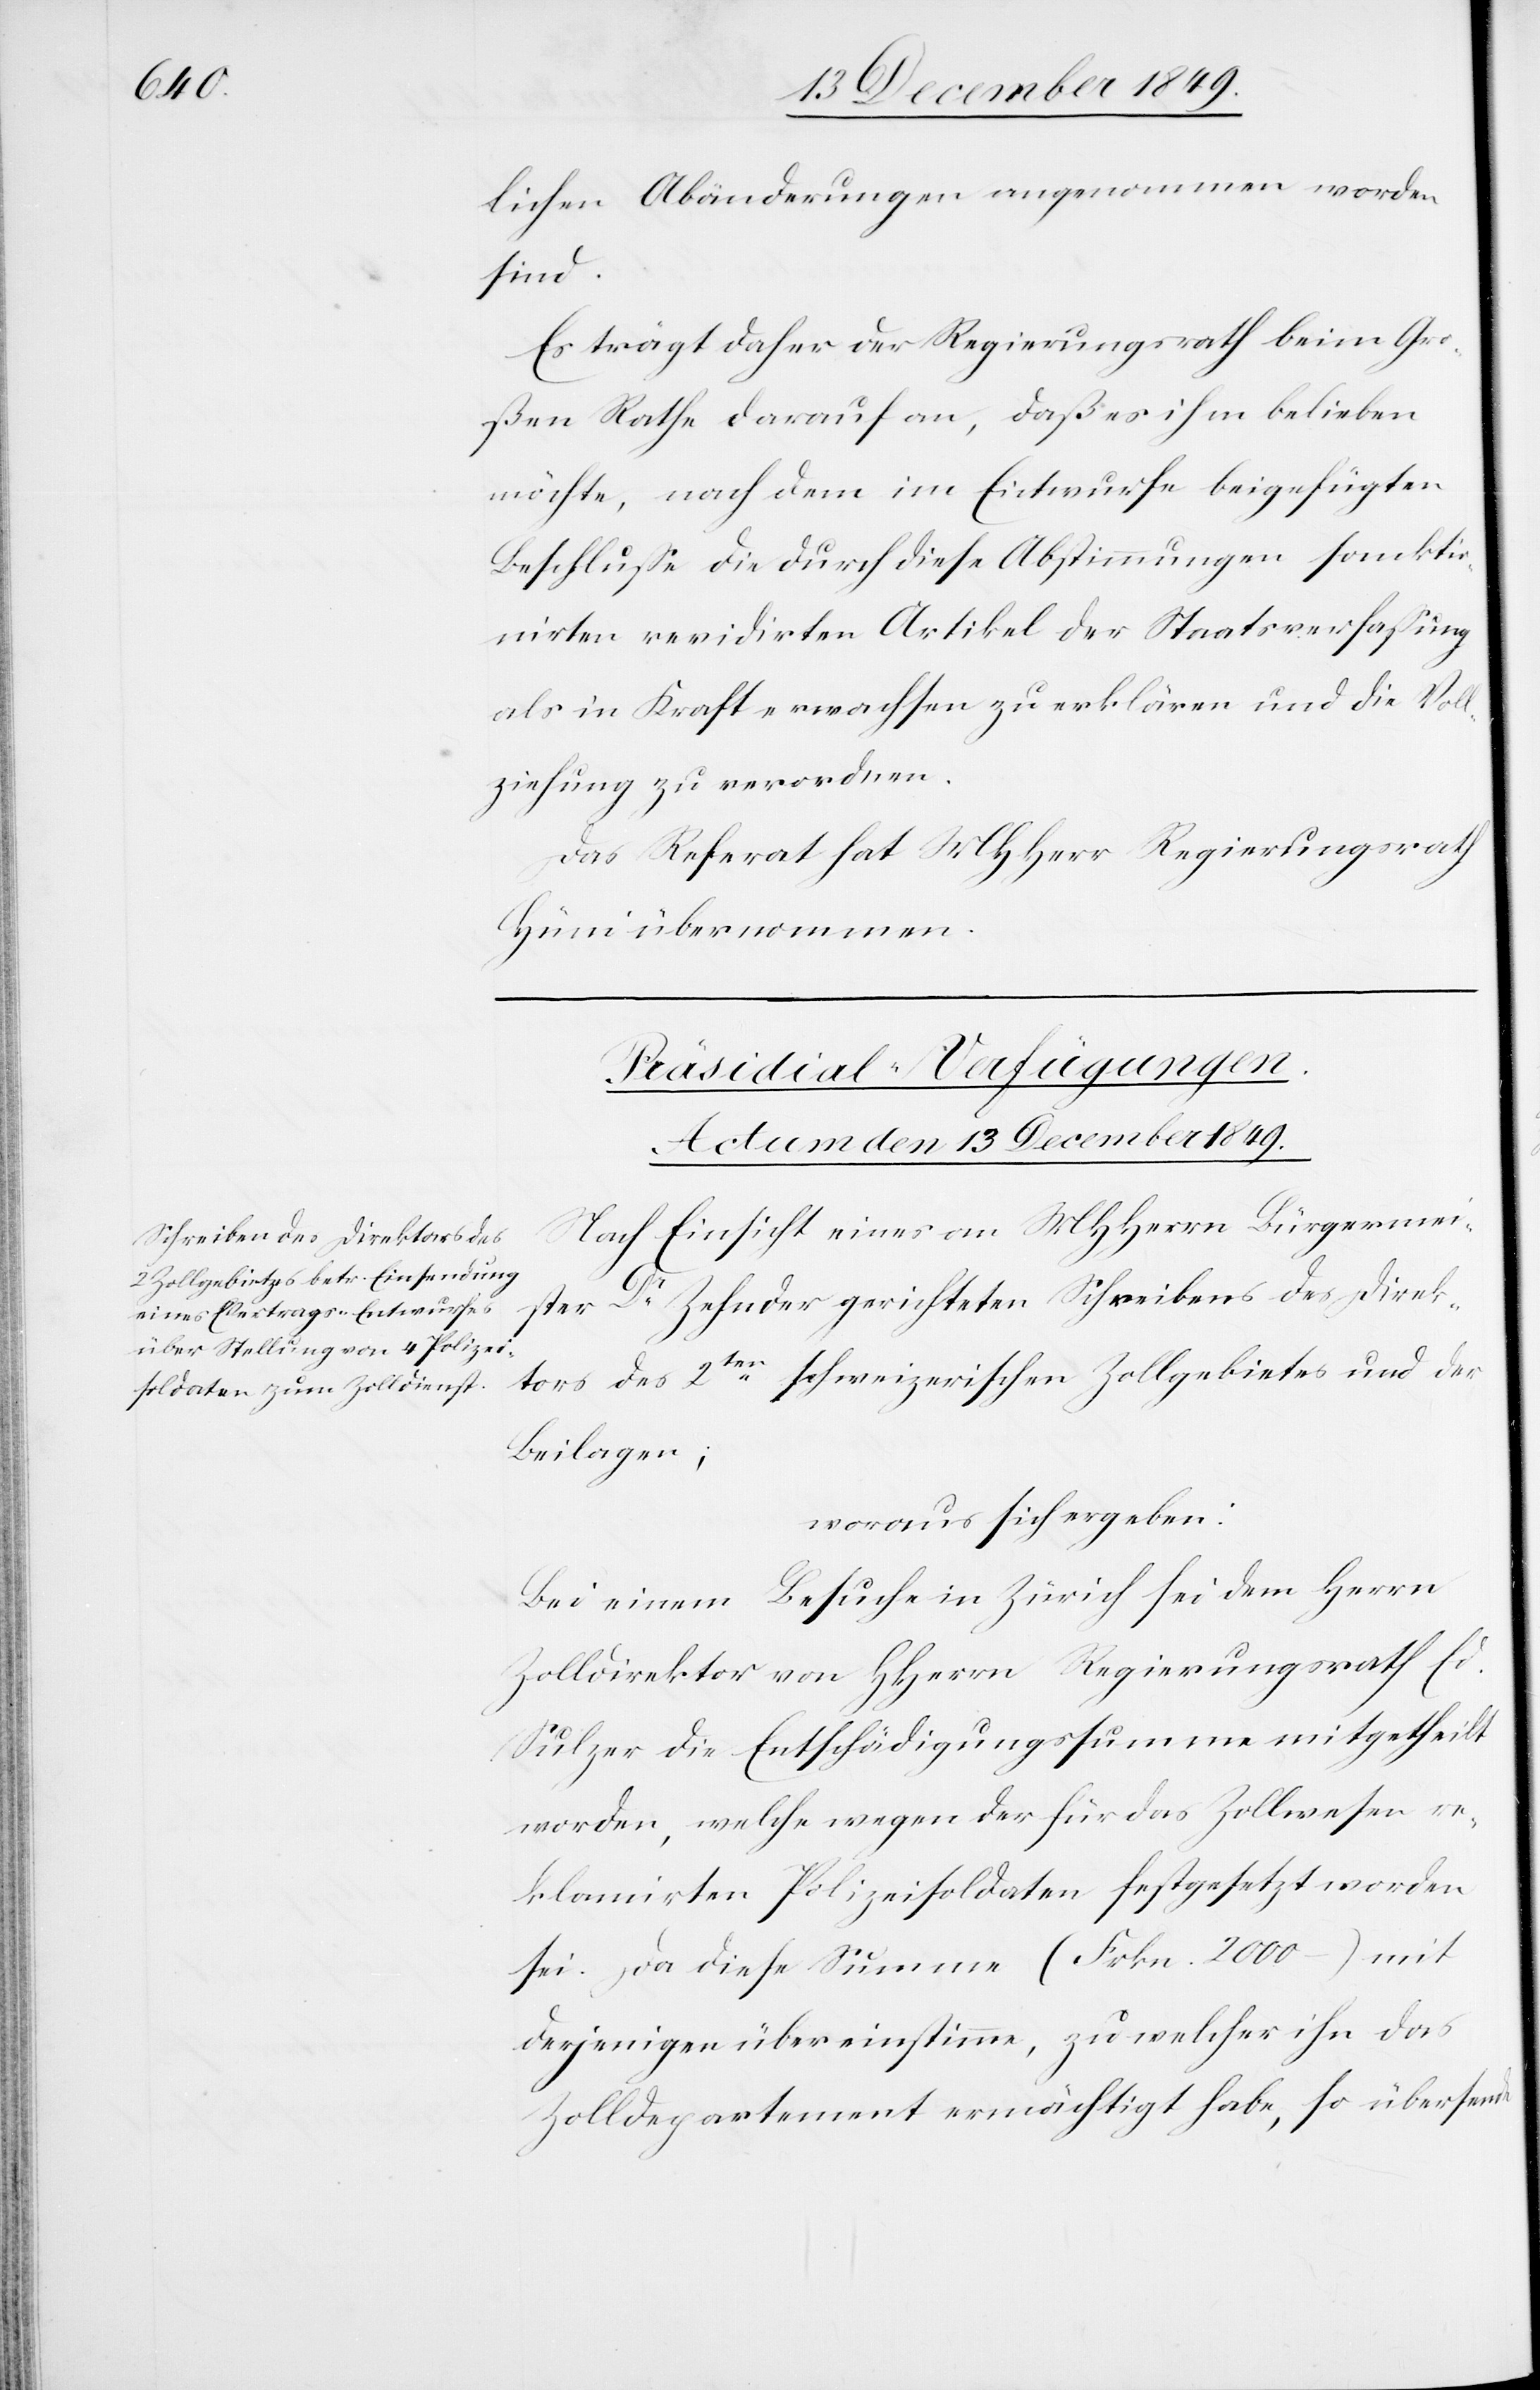
lichen Abänderungen angenommen worden
sind.
Es trägt daher der Regierungsrath beim Gro¬
ßen Rathe darauf an, daß es ihm belieben
möchte, nach dem im Entwurfe beigefügten
Beschluße die durch diese Abstimmungen sanktio¬
nirten revidirten Artikel der Staatsverfaßung
als in Kraft erwachsen zu erklären und die Voll¬
ziehung zu verordnen.
Das Referat hat MHHerr Regierungsrath
Hüni übernommen.
Präsidial-Verfügungen.
Actum den 13 December 1849.
Nach Einsicht eines an MHHerrn Bürgermei¬
ster Dr Zehnder gerichteten Schreibens des Direk¬
tors des 2ten schweizerischen Zollgebietes und der
Beilagen;
woraus sich ergeben:
Bei einem Besuche in Zürich sei dem Herrn
Zolldirektor von HHerrn Regierungsrath Ed.
Sulzer die Entschädigungssumme mitgetheilt
worden, welche wegen der für das Zollwesen re¬
klamirten Polizeisoldaten festgesetzt worden
sei. Da diese Summe (Frkn. 2000) mit
derjenigen übereinstimme, zu welcher ihn das
Zolldepartement ermächtigt habe, so übersende